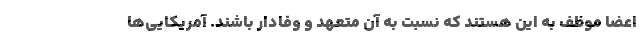
اعضا موظف به این هستند که نسبت به آن متعهد و وفادار باشند. آمریکایی‌ها